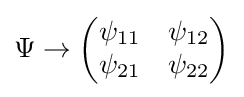
\Psi \rightarrow {\begin{pmatrix}\psi _{11}&\psi _{12}\\\psi _{21}&\psi _{22}\end{pmatrix}}